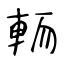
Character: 輀